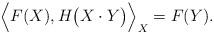
LaTeX: \begin{align*} \Big\langle F(X), H\big(X\cdot Y\big)\Big\rangle_X = F(Y). \end{align*}